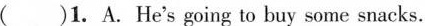
( )1. A.He's going to buy some snacks.